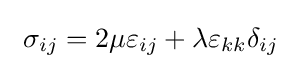
\,\,\sigma _{ij}=2\mu \varepsilon _{ij}+\lambda \varepsilon _{kk}\delta _{ij}